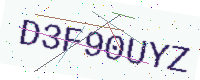
Text: D3F90UYZ